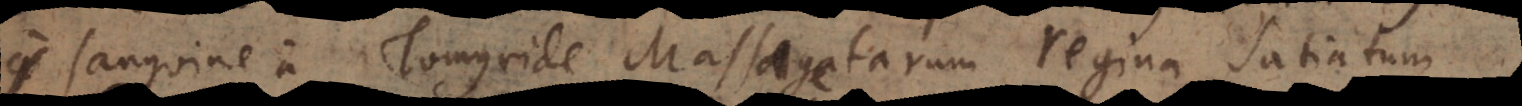
sanguine a Tomyride Massagetarum regina satiatum.